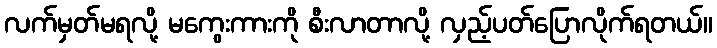
လက်မှတ်မရလို့ မကွေးကားကို စီးလာတာလို့ လှည့်ပတ်ပြောလိုက်ရတယ်။